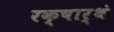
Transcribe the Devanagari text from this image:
रक्षार्थं